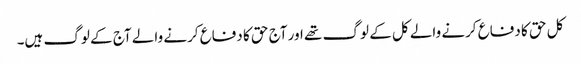
کل حق کا دفاع کرنے والے کل کے لوگ تھے اور آج حق کا دفاع کرنے والے آج کے لوگ ہیں۔